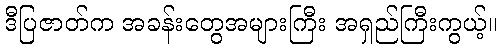
ဒီပြဇာတ်က အခန်းတွေအများကြီး အရှည်ကြီးကွယ့်။